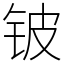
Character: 铍